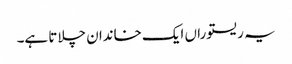
یہ ریستوراں ایک خاندان چلاتا ہے۔